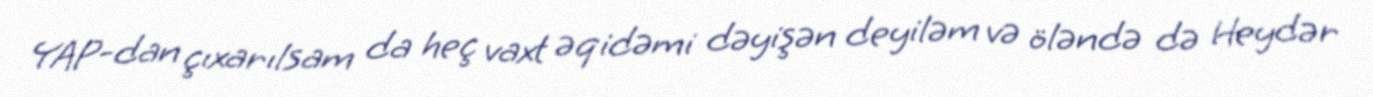
YAP-dan çıxarılsam da heç vaxt əqidəmi dəyişən deyiləm və öləndə də Heydər